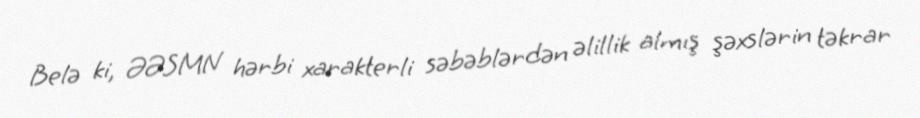
Belə ki, ƏƏSMN hərbi xarakterli səbəblərdən əlillik almış şəxslərin təkrar